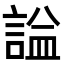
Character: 𧨦